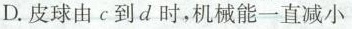
D.皮球由c到d时，机械能一直减小